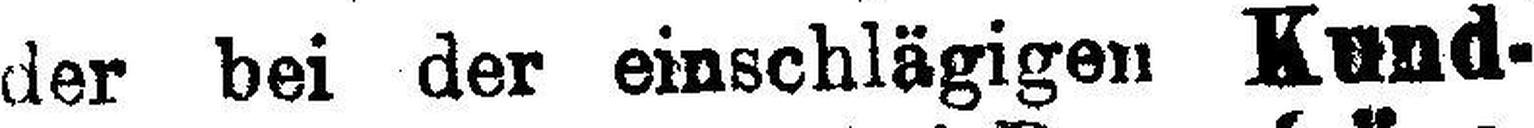
der bei der einschlägigen Kund¬